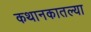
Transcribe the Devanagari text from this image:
कथानकातल्या